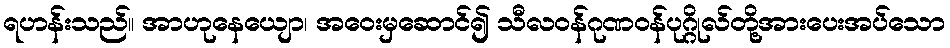
ရဟန်းသည်။ အာဟုနေယျော၊ အဝေးမှဆောင်၍ သီလဝန်ဂုဏဝန်ပုဂ္ဂိုလ်တို့အားပေးအပ်သော